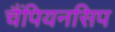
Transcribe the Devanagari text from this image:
चैंपियनसिप